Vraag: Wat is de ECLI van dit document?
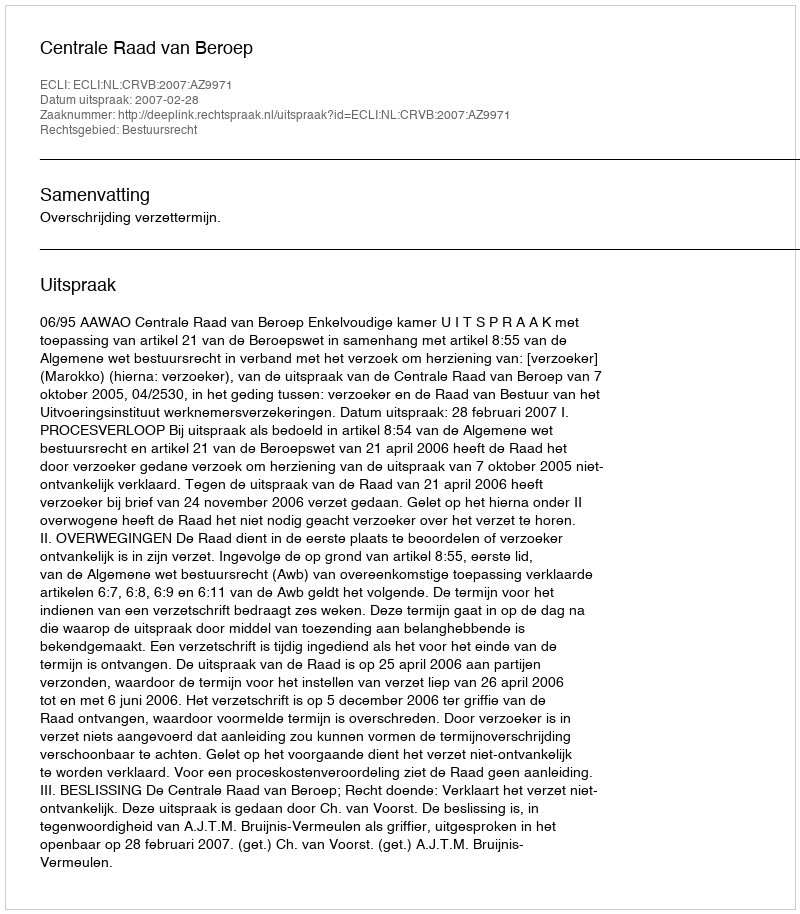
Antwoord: ECLI:NL:CRVB:2007:AZ9971